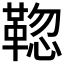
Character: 𩋚